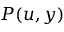
P ( u , y )